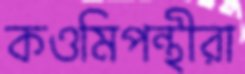
কওমিপন্থীরা